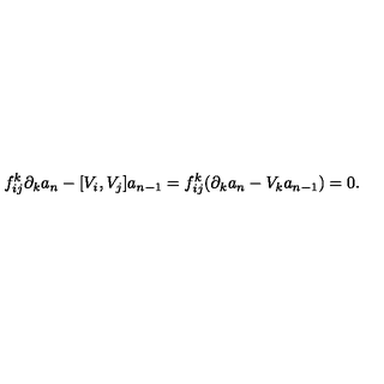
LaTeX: f _ { i j } ^ { k } \partial _ { k } a _ { n } - [ V _ { i } , V _ { j } ] a _ { n - 1 } = f _ { i j } ^ { k } ( \partial _ { k } a _ { n } - V _ { k } a _ { n - 1 } ) = 0 .